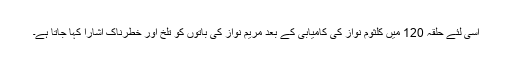
اسی لئے حلقہ 120 میں کلثوم نواز کی کامیابی کے بعد مریم نواز کی باتوں کو تلخ اور خطرناک اشارا کہا جاتا ہے۔